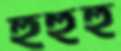
হুহুহু